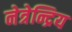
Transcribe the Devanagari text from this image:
नेत्रेन्द्रिय